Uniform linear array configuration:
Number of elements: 48
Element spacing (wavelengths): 0.25
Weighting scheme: blackman
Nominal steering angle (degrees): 0
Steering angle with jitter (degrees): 1.334
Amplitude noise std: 0.05
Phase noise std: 0.05

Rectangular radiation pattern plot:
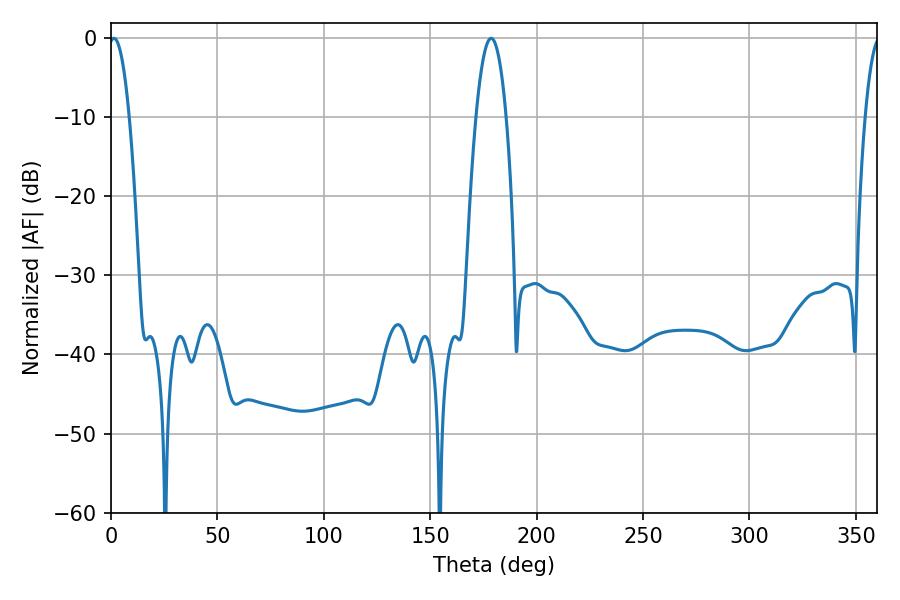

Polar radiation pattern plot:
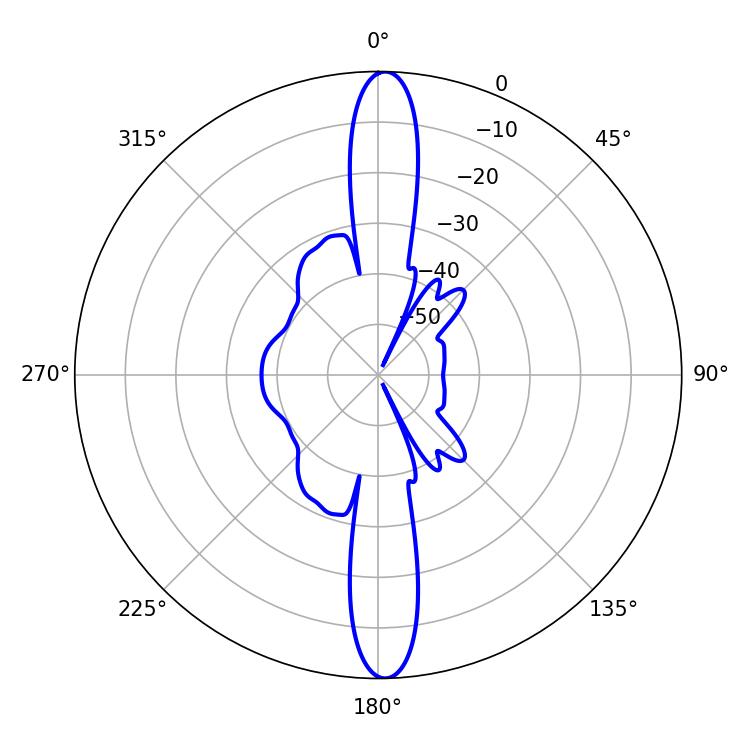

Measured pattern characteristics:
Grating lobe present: FALSE
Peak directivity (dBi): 24.604
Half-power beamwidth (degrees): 5.22
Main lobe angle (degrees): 1.44